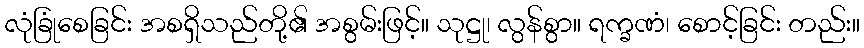
လုံခြုံစေခြင်း အစရှိသည်တို့၏ အစွမ်းဖြင့်။ သုဋ္ဌု၊ လွန်စွာ။ ရက္ခဏံ၊ စောင့်ခြင်း တည်း။